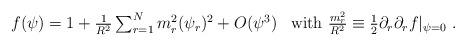
LaTeX: \begin{align*}\begin{array}{ll} f(\psi)=1+\frac{1}{R^{2}} \sum_{r=1}^{N}m_{r}^{2} (\psi_{r})^2 +O(\psi^3) & \mbox{with $ \frac{m_{r}^{2}}{R^{2}} \equiv \frac{1}{2} \partial_{r} \partial_{r} f |_{\psi =0}$ }.\end{array}\end{align*}